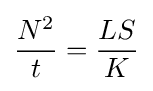
{\frac {N^{2}}{t}}={\frac {LS}{K}}